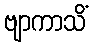
ဗျာကာသိံ